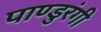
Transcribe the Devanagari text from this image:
पाण्डुरंगी